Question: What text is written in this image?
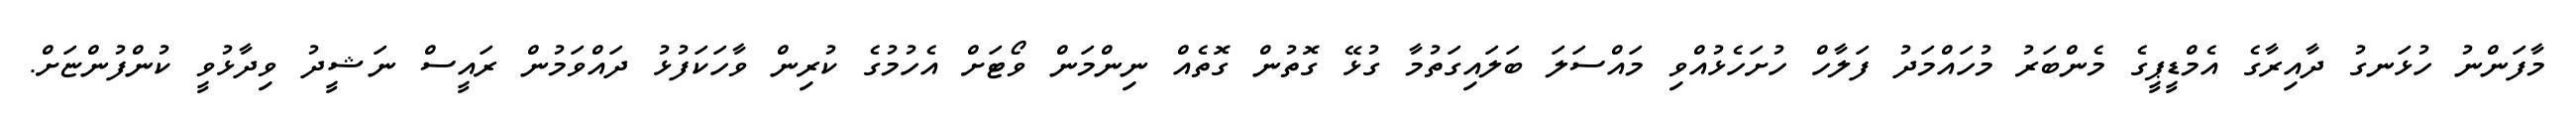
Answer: މާފަންނު ހުޅަނގު ދާއިރާގެ އެމްޑީޕީގެ މެންބަރު މުހައްމަދު ފަލާހް ހުށަހެޅުއްވި މައްސަލަ ބަލައިގަތުމާ ގުޅޭ ގޮތުން ގޮތެއް ނިންމަން ވޯޓަށް އެހުމުގެ ކުރިން ވާހަކަފުޅު ދައްވަމުން ރައީސް ނަޝީދު ވިދާޅުވީ ކުންފުންޏަށް.